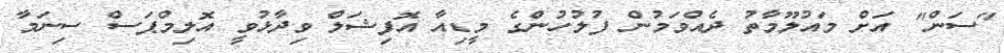
"ސަން" އަށް މައުލޫމާތު ދެއްވަމުން ފުލުހުންގެ މީޑިއާ އޮފިޝަލް ވިދާޅުވީ އޮލިމްޕަސް ސިނަމާ